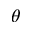
\theta